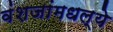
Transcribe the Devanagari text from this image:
वंशजांमधल्ये